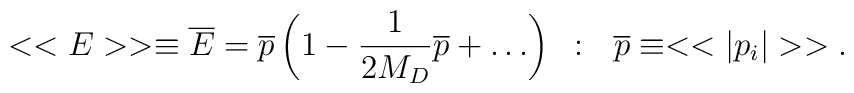
<<E>>\equiv {\overline E} = {\overline p}\left(1 -\frac{1}{2M_D}{\overline p} + \dots \right)~:~~{\overline p} \equiv <
>.